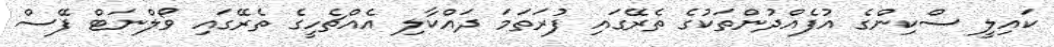
ކައިލީ ސްކިންގެ އުފެއްދުންތަކުގެ ތެރޭގައި ފުރަތަމަ ދައްކާލި އެއްޗެހީގެ ތެރޭގައި ވޯލްނަޓް ފޭސް